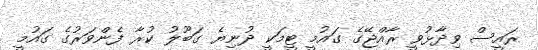
ރައީސް ވިދާޅުވީ ރާއްޖޭގެ ގައުމީ ޓީމަކީ ދުނިޔެ ގަބޫލު ކުރާ ފެންވަރުގެ ގައުމީ